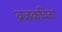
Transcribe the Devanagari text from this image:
व्रजकविता